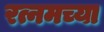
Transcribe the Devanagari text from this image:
रत्नमच्या